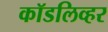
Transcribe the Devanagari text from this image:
कॉडलिव्हर